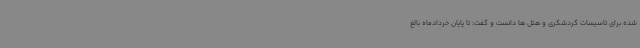
شده برای تاسیسات گردشگری و هتل ها دانست و گفت: تا پایان خردادماه بالغ